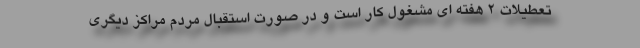
تعطیلات 2 هفته ای مشغول کار است و در صورت استقبال مردم مراکز دیگری